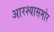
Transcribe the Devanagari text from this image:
आरश्यासमोर